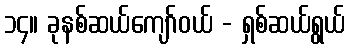
၁၄။ ခုနစ်ဆယ်ကျော်ဝယ် - ရှစ်ဆယ်ရွယ်